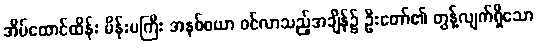
အိမ်ထောင်ထိန်း မိန်းမကြီး အနစ်စယာ ဝင်လာသည့်အချိန်၌ ဦးတော်၏ တွန့်လျက်ရှိသော